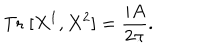
LaTeX: \mathrm { T r } \; [ X ^ { 1 } , X ^ { 2 } ] = \frac { i A } { 2 \pi } .